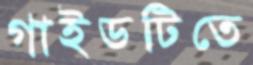
গাইডটিতে